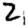
Digit: 2